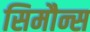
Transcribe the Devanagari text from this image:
सिमौन्स